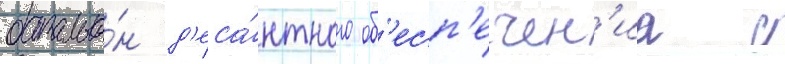
батальо́н д'еса́нтного об'есп'ечен'иа с